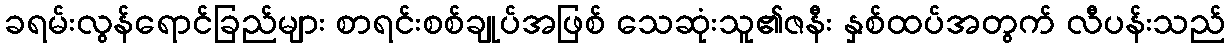
ခရမ်းလွန်ရောင်ခြည်များ စာရင်းစစ်ချုပ်အဖြစ် သေဆုံးသူ၏ဇနီး နှစ်ထပ်အတွက် လီပန်းသည်